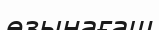
өзынағаш